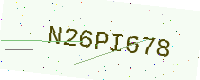
Text: N26PI678